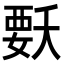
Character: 𭒍